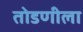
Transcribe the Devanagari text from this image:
तोडणीला